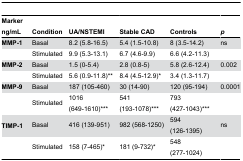
<table><thead><tr><td><b>Marker ng/mL</b></td><td><b>Condition</b></td><td><b>UA/NSTEMI</b></td><td><b>Stable CAD</b></td><td><b>Controls</b></td><td><b><i>p</i></b></td></tr></thead><tbody><tr><td><b>MMP-1</b></td><td>Basal</td><td>8.2 (5.8-16.5)</td><td>5.4 (1.5-10.8)</td><td>8 (3.5-14.2)</td><td>ns</td></tr><tr><td></td><td>Stimulated</td><td>9.9 (5.3-13.1)</td><td>6.7 (4.6-9.9)</td><td>6.6 (4.2-11.3)</td><td></td></tr><tr><td><b>MMP-2</b></td><td>Basal</td><td>1.5 (0-5.4)</td><td>2.8 (0.8-5)</td><td>5.8 (2.6-12.4)</td><td>0.002</td></tr><tr><td></td><td>Stimulated</td><td>5.6 (0.9-11.8)**</td><td>8.4 (4.5-12.9)*</td><td>3.4 (1.3-11.7)</td><td></td></tr><tr><td><b>MMP-9</b></td><td>Basal</td><td>187 (105-460)</td><td>30 (14-90)</td><td>120 (95-194)</td><td>0.0001</td></tr><tr><td></td><td>Stimulated</td><td>1016 (649-1610)***</td><td>541 (193-1078)***</td><td>793 (427-1043)***</td><td></td></tr><tr><td><b>TIMP-1</b></td><td>Basal</td><td>416 (139-951)</td><td>982 (568-1250)</td><td>594 (126-1395)</td><td>ns</td></tr><tr><td></td><td>Stimulated</td><td>158 (7-465)*</td><td>181 (9-732)*</td><td>548 (277-1024)</td><td></td></tr></tbody></table>